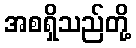
အစရှိသည်တို့